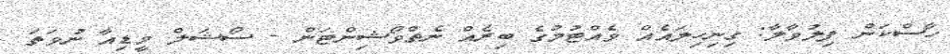
ހާސްކަން ފިލުވާލާ: ގިނިހިލައެއް ވެއްޓުމުގެ ބިރެއް ނެތްވޯޝިންޓަން - ސޯޝަލް މީޑިއާ ނުވަތަ